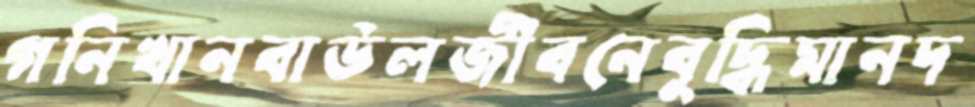
গনিখানবাউলজীবনেবুদ্ধিমানদ